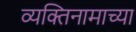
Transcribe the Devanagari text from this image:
व्यक्तिनामाच्या